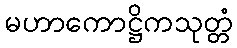
မဟာကောဋ္ဌိကသုတ္တံ